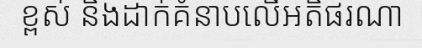
ខ្ពស់ និងដាក់គំនាបលើអតិផរណា